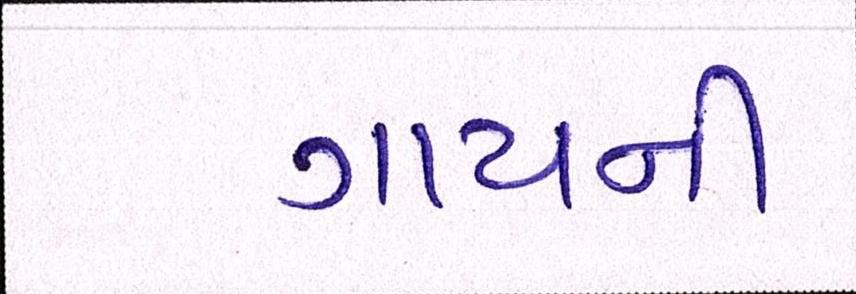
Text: ગાયની